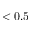
< 0 . 5